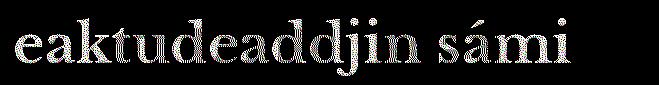
eaktudeaddjin sámi